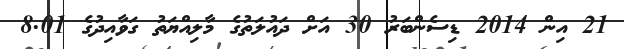
21 އިން 2014 ޑިސެންބަރު 30 އަށް ދައުލަތުގެ މާލިއްޔަތު ގަވާއިދުގެ 8.01